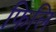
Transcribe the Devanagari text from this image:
फिलि